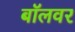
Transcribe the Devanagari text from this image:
बॉलवर